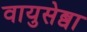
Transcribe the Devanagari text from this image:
वायुसेब्वा